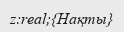
z:real;{Нақты}